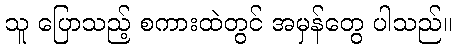
သူ ပြောသည့် စကားထဲတွင် အမှန်တွေ ပါသည်။